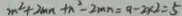
m ^ { 2 } + 2 m n + n ^ { 2 } - 2 m n = 9 - 2 \times 2 = 5